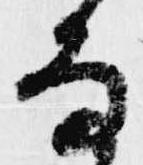
な